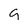
Character: a